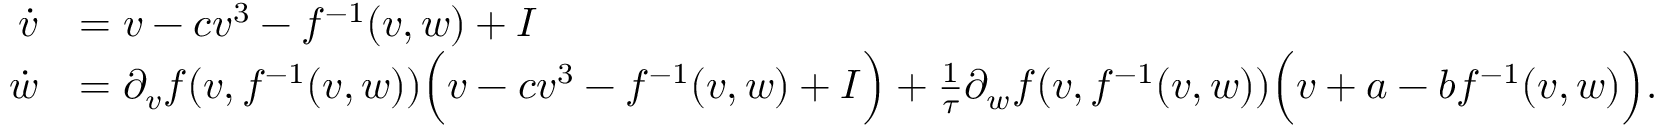
\begin{array} { r l } { \dot { v } } & { = v - c v ^ { 3 } - f ^ { - 1 } ( v , w ) + I } \\ { \dot { w } } & { = \partial _ { v } f ( v , f ^ { - 1 } ( v , w ) ) \Big ( v - c v ^ { 3 } - f ^ { - 1 } ( v , w ) + I \Big ) + \frac { 1 } { \tau } \partial _ { w } f ( v , f ^ { - 1 } ( v , w ) ) \Big ( v + a - b f ^ { - 1 } ( v , w ) \Big ) . } \end{array}